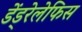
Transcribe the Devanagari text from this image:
डेंड्रेलेफिस